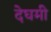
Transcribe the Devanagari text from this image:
देघमी